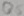
Text: Q5